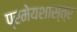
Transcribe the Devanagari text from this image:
प्रमेयशास्त्र